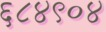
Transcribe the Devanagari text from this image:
६८४९०४